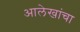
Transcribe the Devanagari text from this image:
आलेखांचा